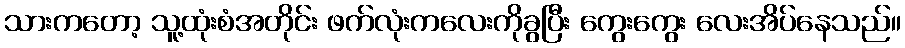
သားကတော့ သူ့ထုံးစံအတိုင်း ဖက်လုံးကလေးကိုခွပြီး ကွေးကွေး လေးအိပ်နေသည်။